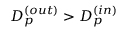
D _ { p } ^ { ( o u t ) } > D _ { p } ^ { ( i n ) }